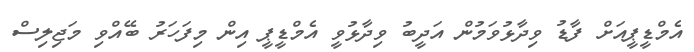
އެމްޑީޕީއަށް ފާޑު ވިދާޅުވަމުން އަދީބު ވިދާޅުވީ އެމްޑީޕީ އިން މިފަހަރު ބޭއްވި މަޖިލިސް